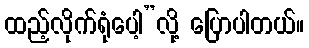
ထည့်လိုက်ရုံပေါ့”လို့ ပြောပါတယ်။